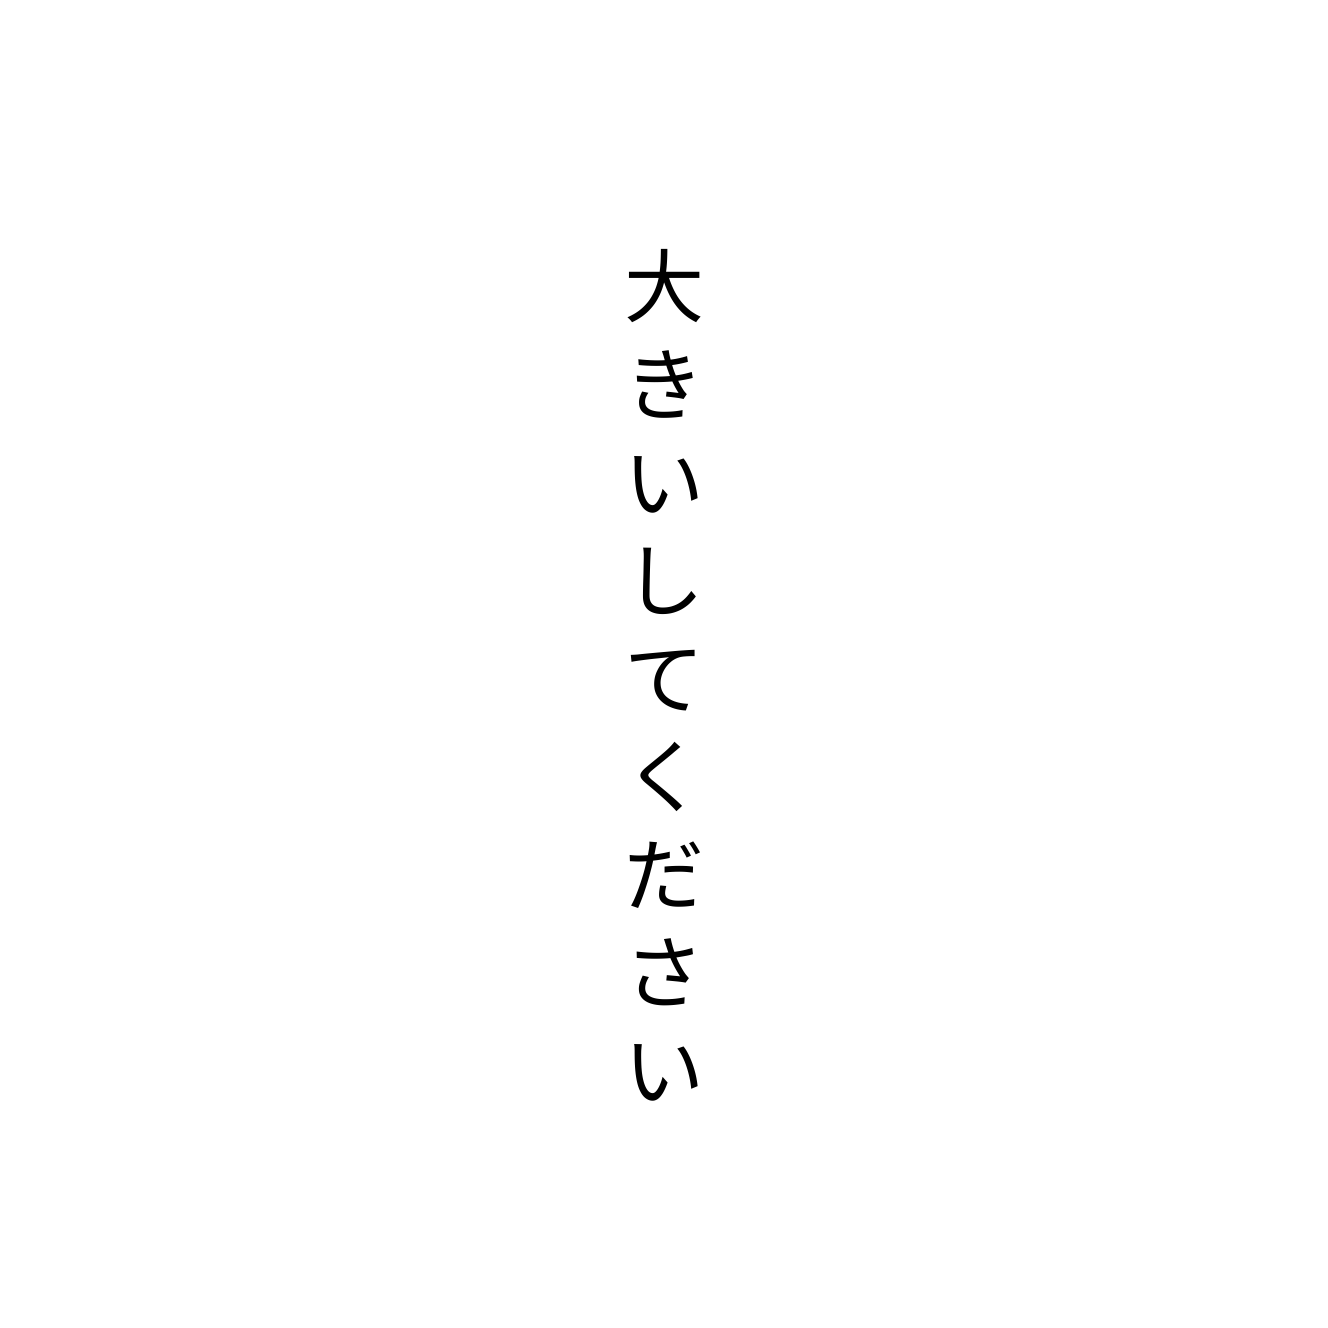
大きいしてください